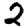
Digit: 2